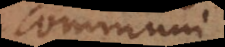
communi